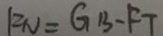
F N = G B - F T